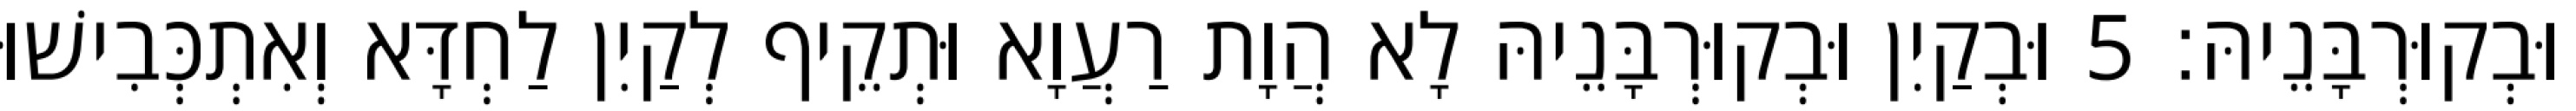
וּבְקוּרְבָּנֵיהּ׃ 5 וּבְקַיִן וּבְקוּרְבָּנֵיהּ לָא הֲוָת רַעֲוָא וּתְקֵיף לְקַיִן לַחְדָּא וְאִתְכְּבִישׁוּ